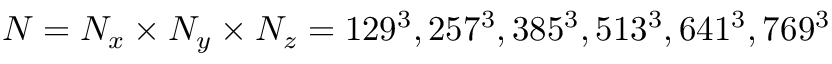
N = N _ { x } \times N _ { y } \times N _ { z } = 1 2 9 ^ { 3 } , 2 5 7 ^ { 3 } , 3 8 5 ^ { 3 } , 5 1 3 ^ { 3 } , 6 4 1 ^ { 3 } , 7 6 9 ^ { 3 }